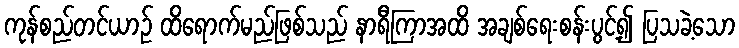
ကုန်စည်တင်ယာဉ် ထိရောက်မည်ဖြစ်သည် နာရီကြာအထိ အချစ်ရေးစန်းပွင့်၍ ပြသခဲ့သော